Report of the Imperial Institute of Veterinary Research, Muktesar
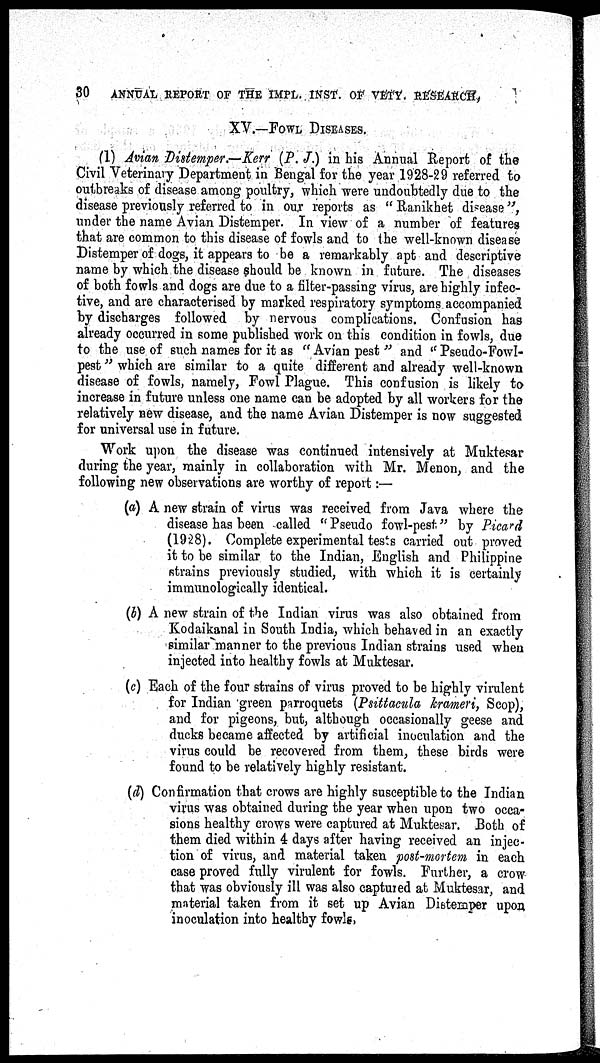
30
ANNUAL REPORT OF THE IMPL. INST. OF VETY. RESEARCH,
XV.—FOWL DISEASES.
(1) Avian Distemper.—Kerr (P. J.) in his Annual Report of the
Civil Veterinary Department in Bengal for the year 1928-29 referred to
outbreaks of disease among poultry, which were undoubtedly due to the
disease previously referred to in our reports as " Ranikhet disease",
under the name Avian Distemper. In view of a number of features
that are common to this disease of fowls and to the well-known disease
Distemper of dogs, it appears to be a remarkably apt and descriptive
name by which the disease should be known in future. The diseases
of both fowls and dogs are due to a filter-passing virus, are highly infec-
tive, and are characterised by marked respiratory symptoms accompanied
by discharges followed by nervous complications. Confusion has
already occurred in some published work on this condition in fowls, due
to the use of such names for it as " Avian pest " and " Pseudo-Fowl-
pest" which are similar to a quite different and already well-known
disease of fowls, namely, Fowl Plague. This confusion is likely to
increase in future unless one name can be adopted by all workers for the
relatively new disease, and the name Avian Distemper is now suggested
for universal use in future.
Work upon the disease was continued intensively at Muktesar
during the year, mainly in collaboration with Mr. Menon, and the
following new observations are worthy of report:—
(a) A new strain of virus was received from Java where the
disease has been called "Pseudo fowl-pest" by Picard
(1928). Complete experimental tests carried out proved
it to be similar to the Indian, English and Philippine
strains previously studied, with which it is certainly
immunologically identical.
(b) A new strain of the Indian virus was also obtained from
Kodaikanal in South India, which behaved in an exactly
similar manner to the previous Indian strains used when
injected into healthy fowls at Muktesar.
(c) Each of the four strains of virus proved to be highly virulent
for Indian green parroquets (Psittacula krameri, Scop),
and for pigeons, but, although occasionally geese and
ducks became affected by artificial inoculation and the
virus could be recovered from them, these birds were
found to be relatively highly resistant.
(d) Confirmation that crows are highly susceptible to the Indian
virus was obtained during the year when upon two occa-
sions healthy crows were captured at Muktesar. Both of
them died within 4 days after having received an injec-
tion of virus, and material taken post-mortem in each
case proved fully virulent for fowls. Further, a crow
that was obviously ill was also captured at Muktesar, and
material taken from it set up Avian Distemper upon
inoculation into healthy fowls,